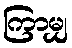
ကြာမျှ